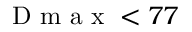
\mathrm { ~ D ~ m ~ a ~ x ~ } < 7 7